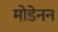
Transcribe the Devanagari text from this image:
मोडेनन